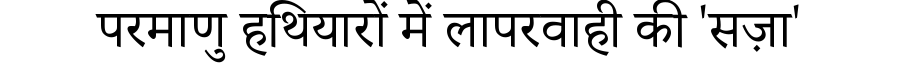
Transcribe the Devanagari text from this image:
परमाणु हथियारों में लापरवाही की 'सज़ा'